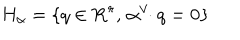
H _ { \alpha } = \{ q \in \mathbf { R } ^ { r } , \, \alpha ^ { \vee } \! \! \cdot q = 0 \}